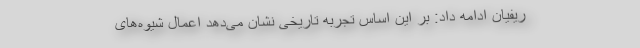
ریفیان ادامه داد: بر این اساس تجربه تاریخی نشان می‌دهد اعمال شیوه‌های